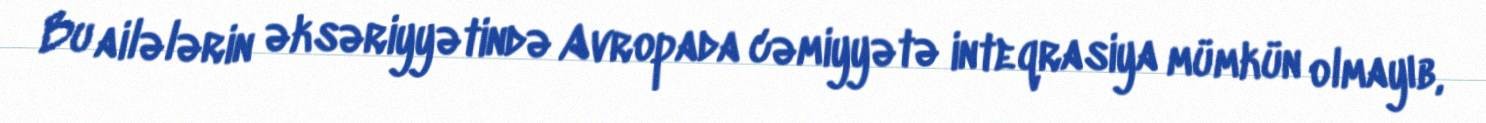
Bu ailələrin əksəriyyətində Avropada cəmiyyətə inteqrasiya mümkün olmayıb,